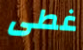
غطى